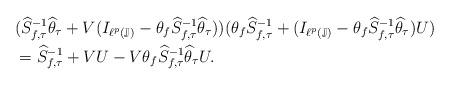
LaTeX: \begin{align*} &(\widehat{S}_{f,\tau}^{-1}\widehat{\theta}_\tau+V(I_{\ell^p(\mathbb{J})}-\theta_f\widehat{S}_{f,\tau}^{-1}\widehat{\theta}_\tau))(\theta_f\widehat{S}_{f,\tau}^{-1}+(I_{\ell^p(\mathbb{J})}-\theta_f\widehat{S}_{f,\tau}^{-1}\widehat{\theta}_\tau)U)\\&=\widehat{S}_{f,\tau}^{-1}+VU-V\theta_f\widehat{S}_{f,\tau}^{-1}\widehat{\theta}_\tau U. \end{align*}